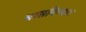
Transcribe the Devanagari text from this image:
भासविण्यात